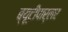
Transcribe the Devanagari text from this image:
ब्यूटीपार्लर